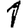
Digit: 1